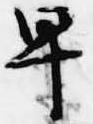
早